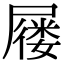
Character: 屦